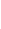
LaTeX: B\! \! \! \! \! \! \! \! \! \! \! \! =B\! \! \! \! \! \! \! \! \! \! \! \! _{r}\! \! \! \! \! \! \! \! \! \! \! \! (\! \! \! \! \! \! \! \! \! \! \! \! \mathbf{x}\! \! \! \! \! \! \! \! \! \! \! \! _{\! }\! \! \! \! \! \! \! \! \! \! \! 0\! \! \! \! \! \! \! \! \! \! \! \! )\! \! \! \! \! \! \! \! \! \! \! \! \! \! \! \! \! \! \! \! \! \! \! \! \subset\! \! \! \! \! \! \! \! \! \! \! \! D\! \! \! \! \! \! \! \! \! \! \! \! \! \! \! \! \! \! \! \! \! \! \!